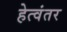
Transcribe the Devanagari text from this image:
हेत्वंतर